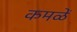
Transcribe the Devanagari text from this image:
कमळें